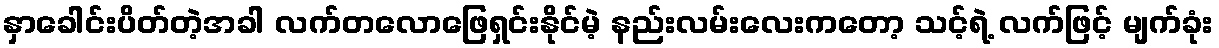
နှာခေါင်းပိတ်တဲ့အခါ လက်တလောဖြေရှင်းနိုင်မဲ့ နည်းလမ်းလေးကတော့ သင့်ရဲ့ လက်ဖြင့် မျက်ခုံး